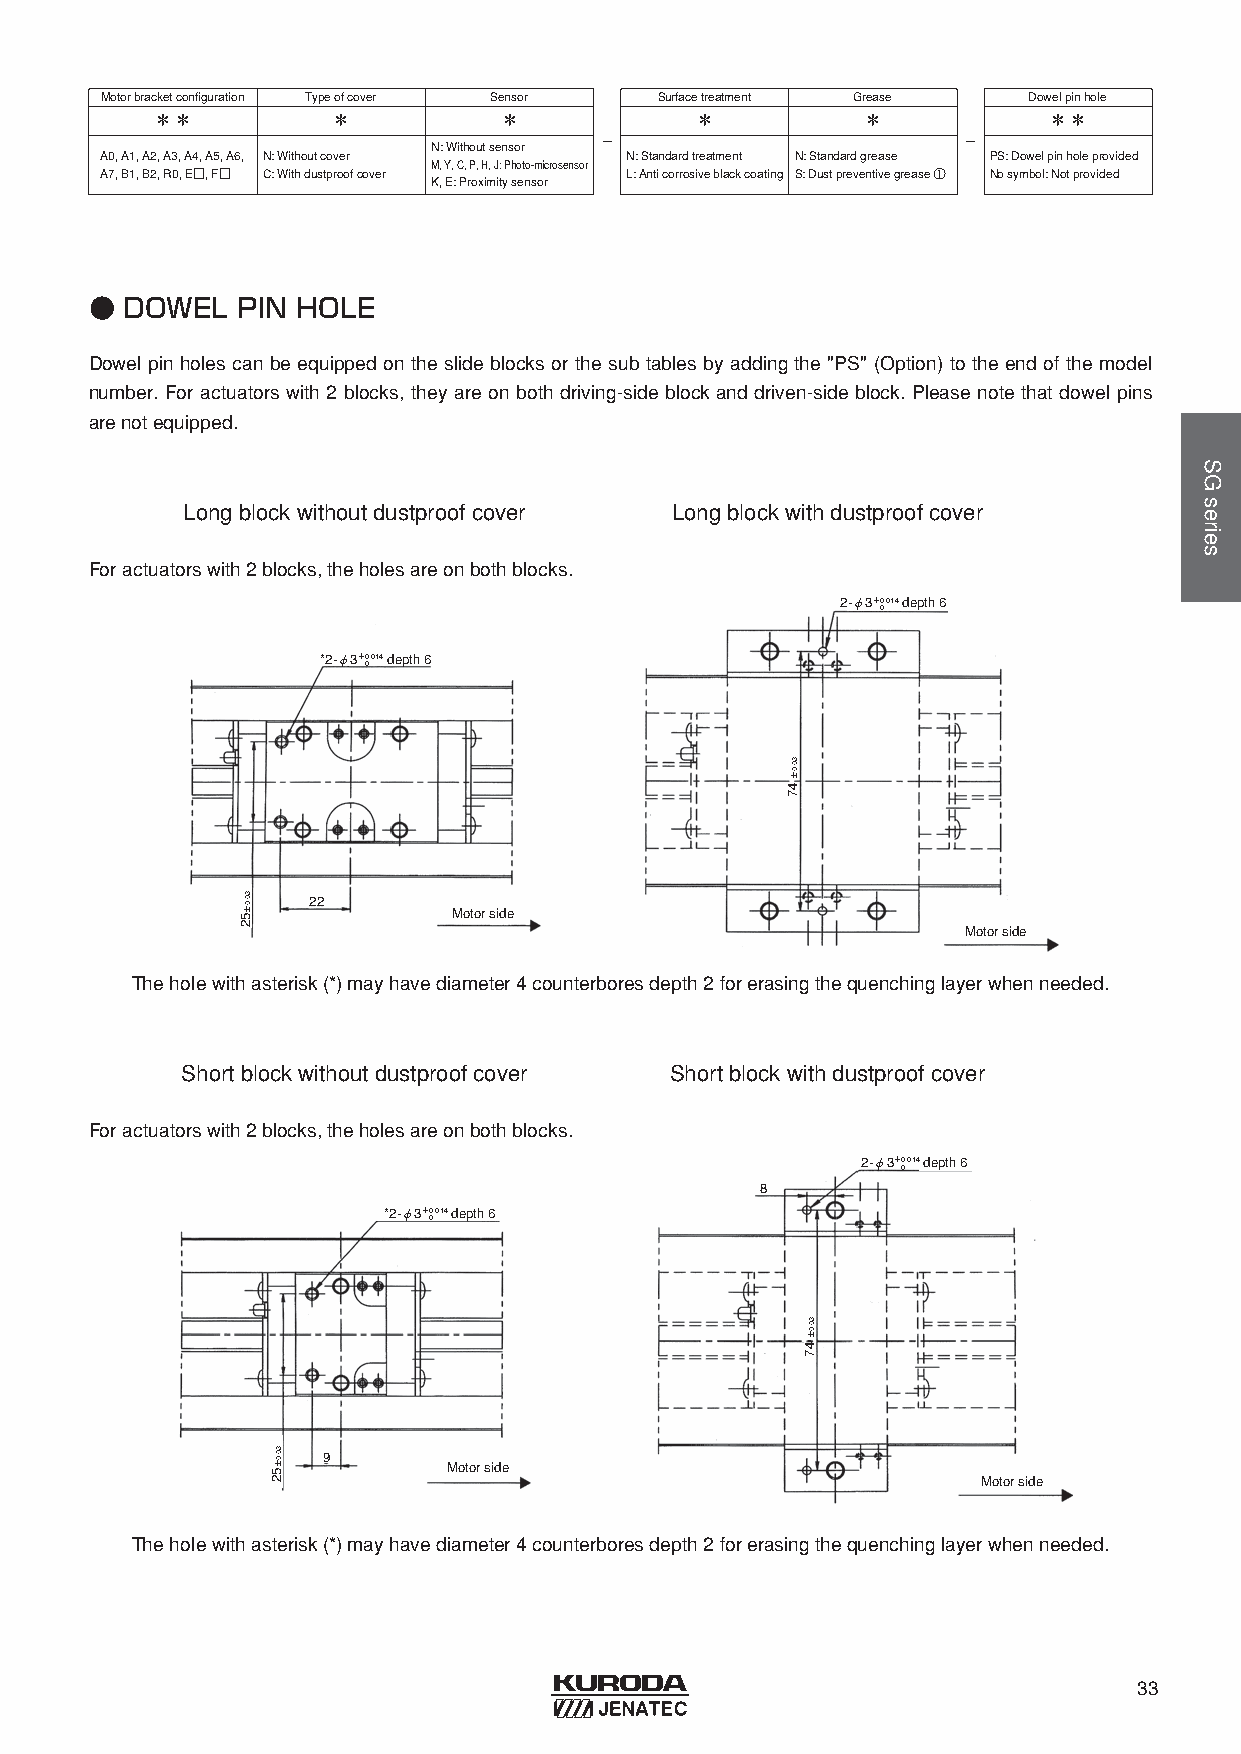
Motorbracketconfiguration Typeofcover Sensor Surfacetreatment Grease Dowelpinhole
 ＊＊          ＊          ＊            ＊          ＊           ＊＊
 -                       -
 N: Withoutsensor
 A0, A1, A2, A3, A4, A5, A6, N: Withoutcover N: Standardtreatment N: Standardgrease PS: Dowelpinholeprovided
 M, Y, C, P, H, J: Photo-microsensor
 A7, B1, B2, R0, E□, F□ C: Withdustproofcover L: Anticorrosiveblackcoating S: Dustpreventivegrease ① Nosymbol: Notprovided
 K, E: Proximitysensor
 ● DOWEL   PIN HOLE
 Dowel pin holes can be equipped on the slide blocks or the sub tables by adding the "PS" (Option) to the end of the model
 number. For actuators with 2 blocks, they are on both driving-side block and driven-side block. Please note that dowel pins
 arenotequipped.
 Longblockwithoutdustproofcover  Longblockwithdustproofcover
 Foractuatorswith2 blocks, theholesareonbothblocks.
 2-φ3＋0.014 depth 6
 0
 *2-φ3＋0.014 depth 6
 0
 22
 Motor side
 Motor side
 Theholewithasterisk(*) mayhavediameter4 counterboresdepth 2 forerasingthequenchinglayerwhenneeded.
 Shortblockwithoutdustproofcover Shortblockwithdustproofcover
 Foractuatorswith2 blocks, theholesareonbothblocks.
 2-φ3＋0.014 depth 6
 0
 8
 *2-φ3＋0.014 depth 6
 0
 9
 Motor side
 Motor side
 Theholewithasterisk(*) mayhavediameter4 counterboresdepth 2 forerasingthequenchinglayerwhenneeded.
 33
 30.0±52
 30.0±52
 30.0±
 47
 30.0±
 47
 SGseries